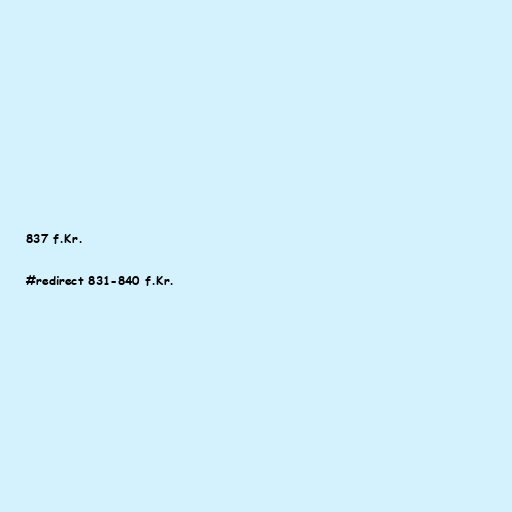
837 f.Kr.

#redirect 831-840 f.Kr.